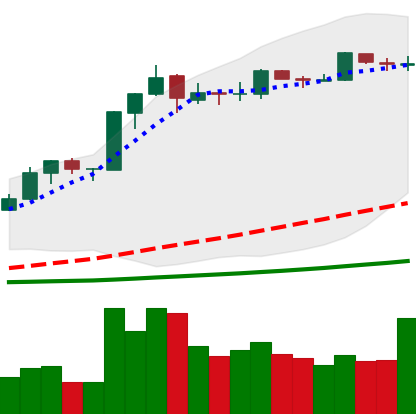
Ticker: BNB-USD
Chart end date: 2019-03-19
Forward return: 10.143%
Label: up_7plus